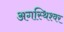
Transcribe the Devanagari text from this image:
अगस्थिश्वर